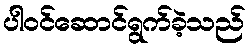
ပါဝင်ဆောင်ရွက်ခဲ့သည်